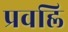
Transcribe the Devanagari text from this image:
प्रवह्लि